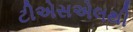
ટીએસએલથી